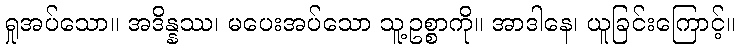
ရှုအပ်သော။ အဒိန္နဿ၊ မပေးအပ်သော သူ့ဥစ္စာကို။ အာဒါနေ၊ ယူခြင်းကြောင့်။